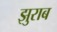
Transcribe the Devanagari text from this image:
झुराब